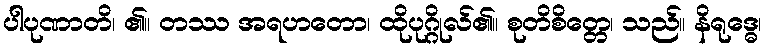
ပါပုဏာတိ၊ ၏။ တဿ အရဟတော၊ ထိုပုဂ္ဂိုလ်၏။ စုတိစိတ္တေ၊ သည်။ နိရုဒ္ဓေ၊